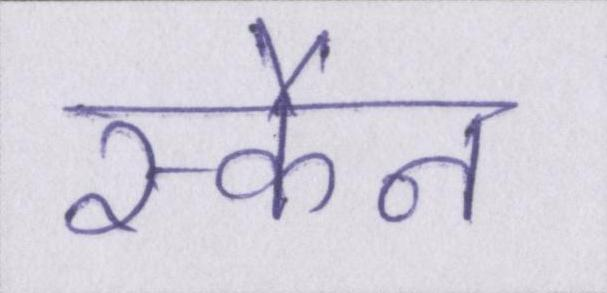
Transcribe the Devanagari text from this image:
स्कैन